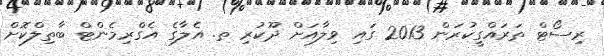
ރިސޯޓް ތަރައްގީކުރަން 2013 ގައި ވިލާއަށް ދޫކުރި ތ. އެލާގެ އެގްރިމެންޓް ބާތިލްކޮށް